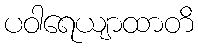
ပဝါရေယျာထာတိ